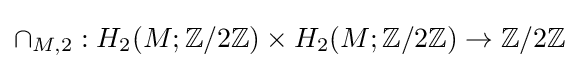
\cap _{M,2}:H_{2}(M;\mathbb {Z} /2\mathbb {Z} )\times H_{2}(M;\mathbb {Z} /2\mathbb {Z} )\to \mathbb {Z} /2\mathbb {Z}